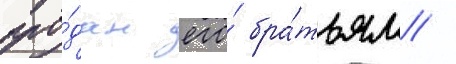
про́дан его́ бра́тьям /